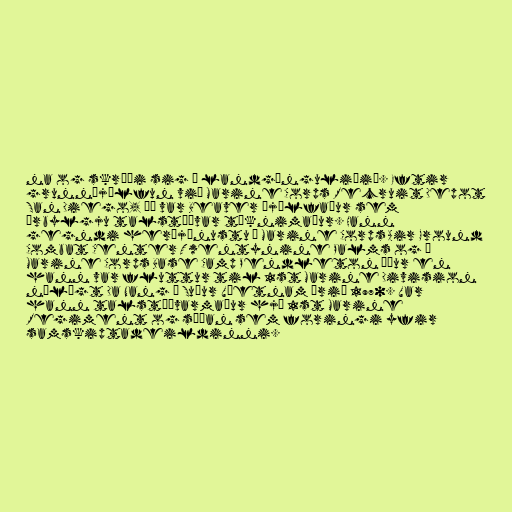
na og skráði sig í landgönguliðið. Eftir
grunnþjálfun við Marine Corps Recruit Depot
San Diego, þá var Beaver þjálfaður sem
örbylgju talstöðvar tæknimaður. Hann
gegndi herþjónustu í Marine Corps Air Ground
Combat Center Twentynine Palms og í
Marine Corps Base Camp Pendleton áður en
hann var fluttur til 1st Marine Division
nálægt Da Nang í Suður Víetnam árið 1970. Var
hann talstöðvarmaður hjá 1st Marine
Regiment og síðan sem foringi yfir
samskiptadeildinni.